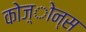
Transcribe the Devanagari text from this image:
कोज़्ोन्स